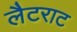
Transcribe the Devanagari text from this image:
लैटराट